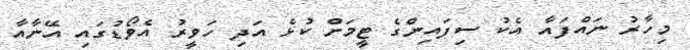
މިހާރު ނައްފައާ އެކު ސިފައިންގެ ޓީމަށް ކުޅެ އަދި ހަވީރު އެވޯޑުގައި އޭނާއާ